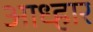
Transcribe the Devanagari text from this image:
आध्हार